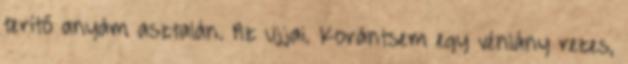
terítő anyám asztalán. Az ujjai. Korántsem egy vénlány rezes,